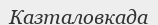
Казталовкада